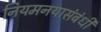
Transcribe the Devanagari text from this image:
नियमनयासंबंधी